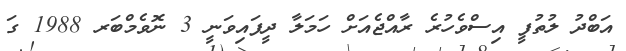
އަބްދު ލުތުފީ އިސްވެހުރެ ރާއްޖެއަށް ހަމަލާ ދީފައިވަނީ 3 ނޮވެމްބަރ 1988 ގަ